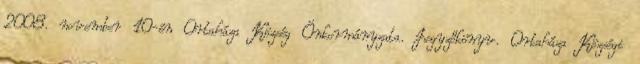
2008. november 10-én Ortaháza Község Önkormányzata. Jegyzőkönyv. Ortaháza Községi